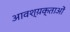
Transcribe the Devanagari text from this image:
आवश्य़क्ताओं